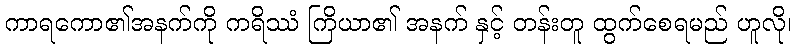
ကာရကော၏အနက်ကို ကရိဿံ ကြိယာ၏ အနက် နှင့် တန်းတူ ထွက်စေရမည် ဟူလို၊